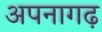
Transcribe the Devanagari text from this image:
अपनागढ़